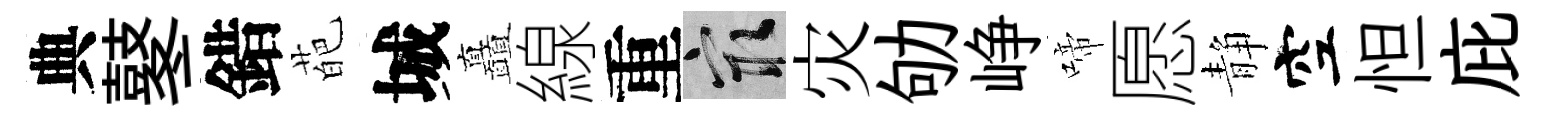
典鼕錯葩城矗線重冣灾劬峥啼愿静空怛庇